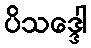
ပိသဒ္ဒေါ